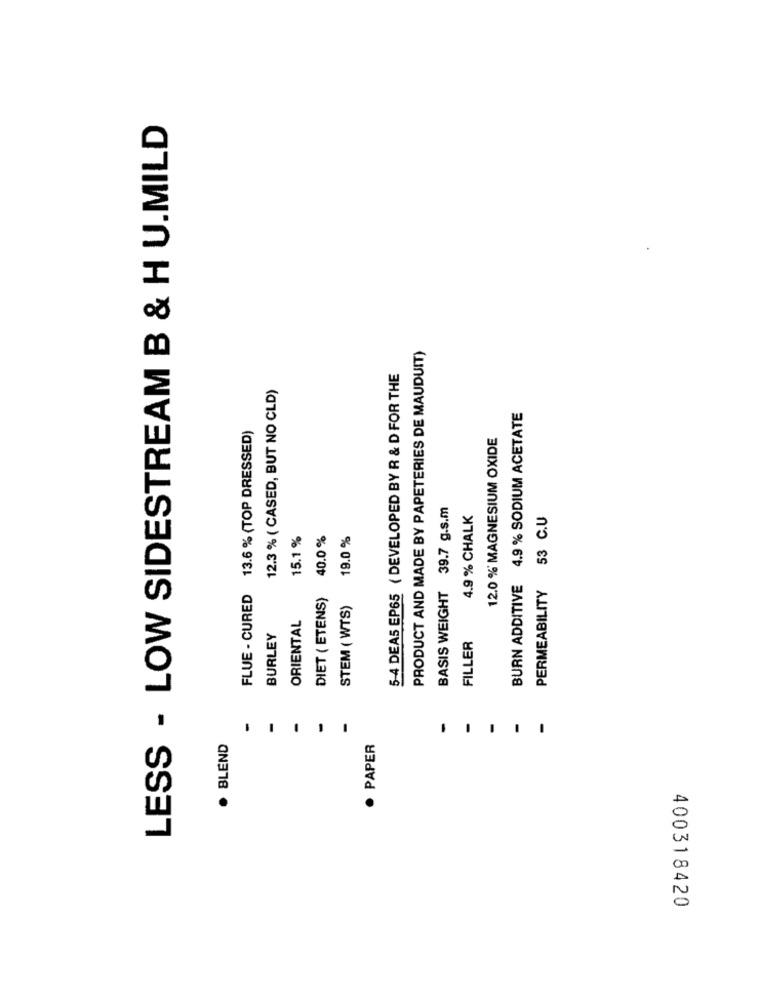
LESS - LOW SIDESTREAM B & H U.MILD
PRODUCT AND MADE BY PAPETERIES DE MAUDUIT)
5-4 DEAS EP65 ( DEVELOPED BY R & D FOR THE
12.3 % ( CASED, BUT NO CLD)
BURN ADDITIVE 4.9 % SODIUM ACETATE
FLUE - CURED 13.6% (TOP DRESSED)
12.0 % MAGNESIUM OXIDE
BASIS WEIGHT 39.7 g.s.m
4.9 % CHALK
53 C.U
15.1 %
40.0 %
19.0 %
PERMEABILITY
DIET ( ETENS)
STEM ( WTS)
ORIENTAL
BURLEY
FILLER
· BLEND
· PAPER
400318420